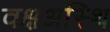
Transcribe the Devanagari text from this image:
वक्षअस्थि